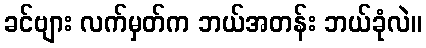
ခင်ဗျား လက်မှတ်က ဘယ်အတန်း ဘယ်ခုံလဲ။